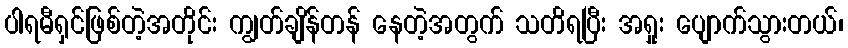
ပါရမီရှင်ဖြစ်တဲ့အတိုင်း ကျွတ်ချိန်တန် နေတဲ့အတွက် သတိရပြီး အရှုး ပျောက်သွားတယ်၊